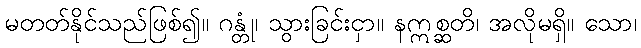
မတတ်နိုင်သည်ဖြစ်၍။ ဂန္တုံ၊ သွားခြင်းငှာ။ နဣစ္ဆတိ၊ အလိုမရှိ။ သော၊